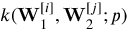
k ( \mathbf { W } _ { 1 } ^ { [ i ] } , \mathbf { W } _ { 2 } ^ { [ j ] } ; p )